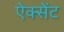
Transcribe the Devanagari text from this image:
ऐक्सेंट